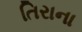
તિરાના